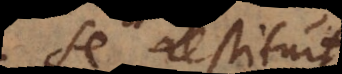
se restituit,